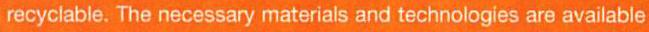
recyclable. The necessary materials and technologies are available